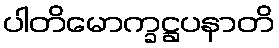
ပါတိမောက္ခဋ္ဌပနာတိ